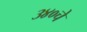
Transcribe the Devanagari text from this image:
३४०चे